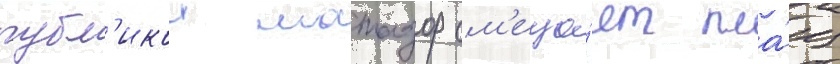
публ'икои матадор см'еща́ет пла́щ